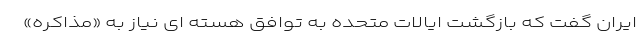
ایران گفت که بازگشت ایالات متحده به توافق هسته ای نیاز به «مذاکره»